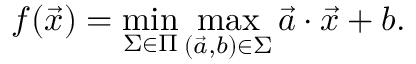
f ( { \vec { x } } ) = \operatorname* { m i n } _ { \Sigma \in \Pi } \operatorname* { m a x } _ { ( { \vec { a } } , b ) \in \Sigma } { \vec { a } } \cdot { \vec { x } } + b .